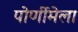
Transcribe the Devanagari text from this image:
पोर्णीमेला